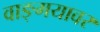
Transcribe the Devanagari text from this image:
वाङ्‌मयावर